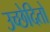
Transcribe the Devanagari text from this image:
उच्छेदितो